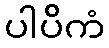
ပါပိကံ